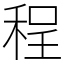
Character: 程